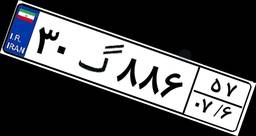
۳۰گ۸۸۶۵۷